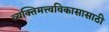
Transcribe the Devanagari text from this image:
व्यक्तिमत्त्वविकासासाठी